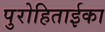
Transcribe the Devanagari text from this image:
पुरोहिताईका